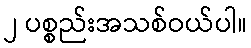
၂ ပစ္စည်းအသစ်ဝယ်ပါ။